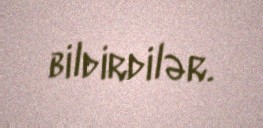
bildirdilər.